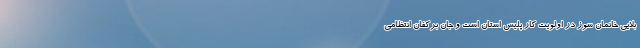
بلایی خانمان سوز در اولویت کار پلیس استان است و جان برکفان انتظامی